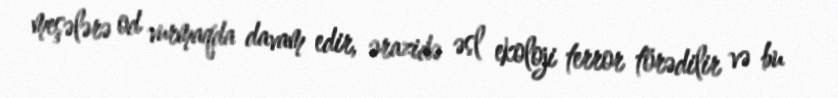
meşələrə od vurmaqda davam edir, ərazidə əsl ekoloji terror törədilir və bu